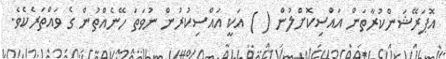
އޮޕަރޭޝަންކުރާތަން އައްސިކޮށްލުން ( ) އަކީ އައްސިކުރުން ނުވަތަ ހޭނެއްތުން ގެ ވައްތަރެކެވެ.